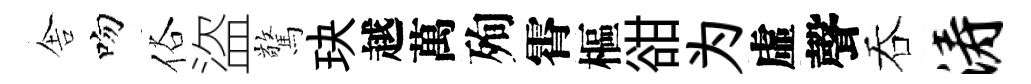
舎吻俗盜驚玦越萬殉霄樞𧮳为虛聲吞涛